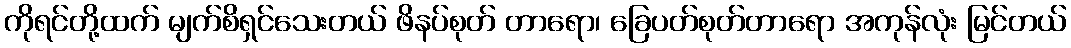
ကိုရင်တို့ထက် မျက်စိရှင်သေးတယ် ဖိနပ်စုတ် တာရော၊ ခြေပတ်စုတ်တာရော အကုန်လုံး မြင်တယ်